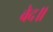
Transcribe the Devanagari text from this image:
वेद॥